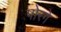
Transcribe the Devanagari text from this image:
पोरगे